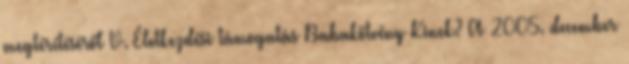
megtérítéséről V. Életkezdési támogatás Babakötvény Kinek? A 2005. december